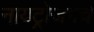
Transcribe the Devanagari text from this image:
नायट्रोजनचे